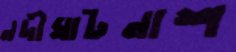
নদীঘাটনাশ